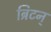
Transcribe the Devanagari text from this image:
ब्रिटन्